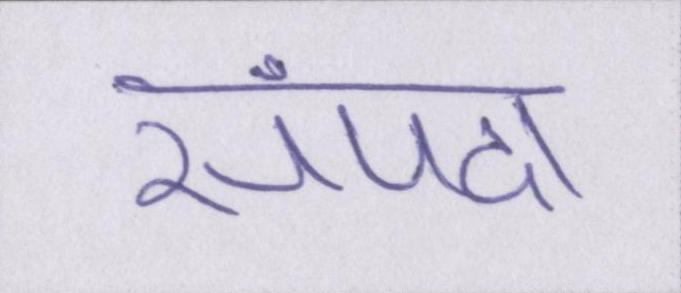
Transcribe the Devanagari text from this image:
संपदा